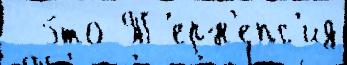
  э́то Т'ерн'епс'ид